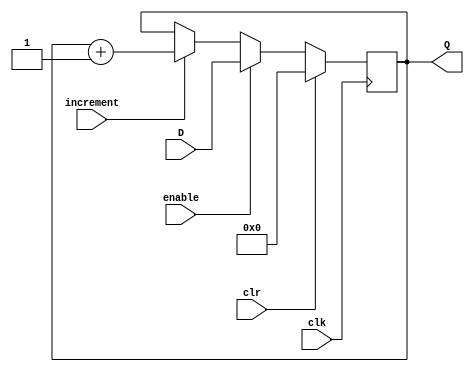
// Zuhair Shaikh and Brant Lan Li
// Program Counter Register (PC)
// ELEC374 - Digital Systems Engineering
// Department of Electrical and Computer Engineering
// Queen's University 

`timescale 1ns/10ps

module pc_register #(parameter INIT = 32'h0)(
	input wire [31:0] D,
	input wire clk,
	input	wire clr,
	input wire increment,
	input wire enable,
	output wire [31:0] Q
	);
	
	reg [31:0] qTemp;
	initial qTemp = INIT;
	always @ (posedge clk) 
		begin
			if (clr) begin
				qTemp <= 0;
			end
			else if (enable) begin
				qTemp <= D;
			end
			else if (increment) begin
				qTemp <= Q + 1;
			end
		end
	assign Q = qTemp;
endmodule